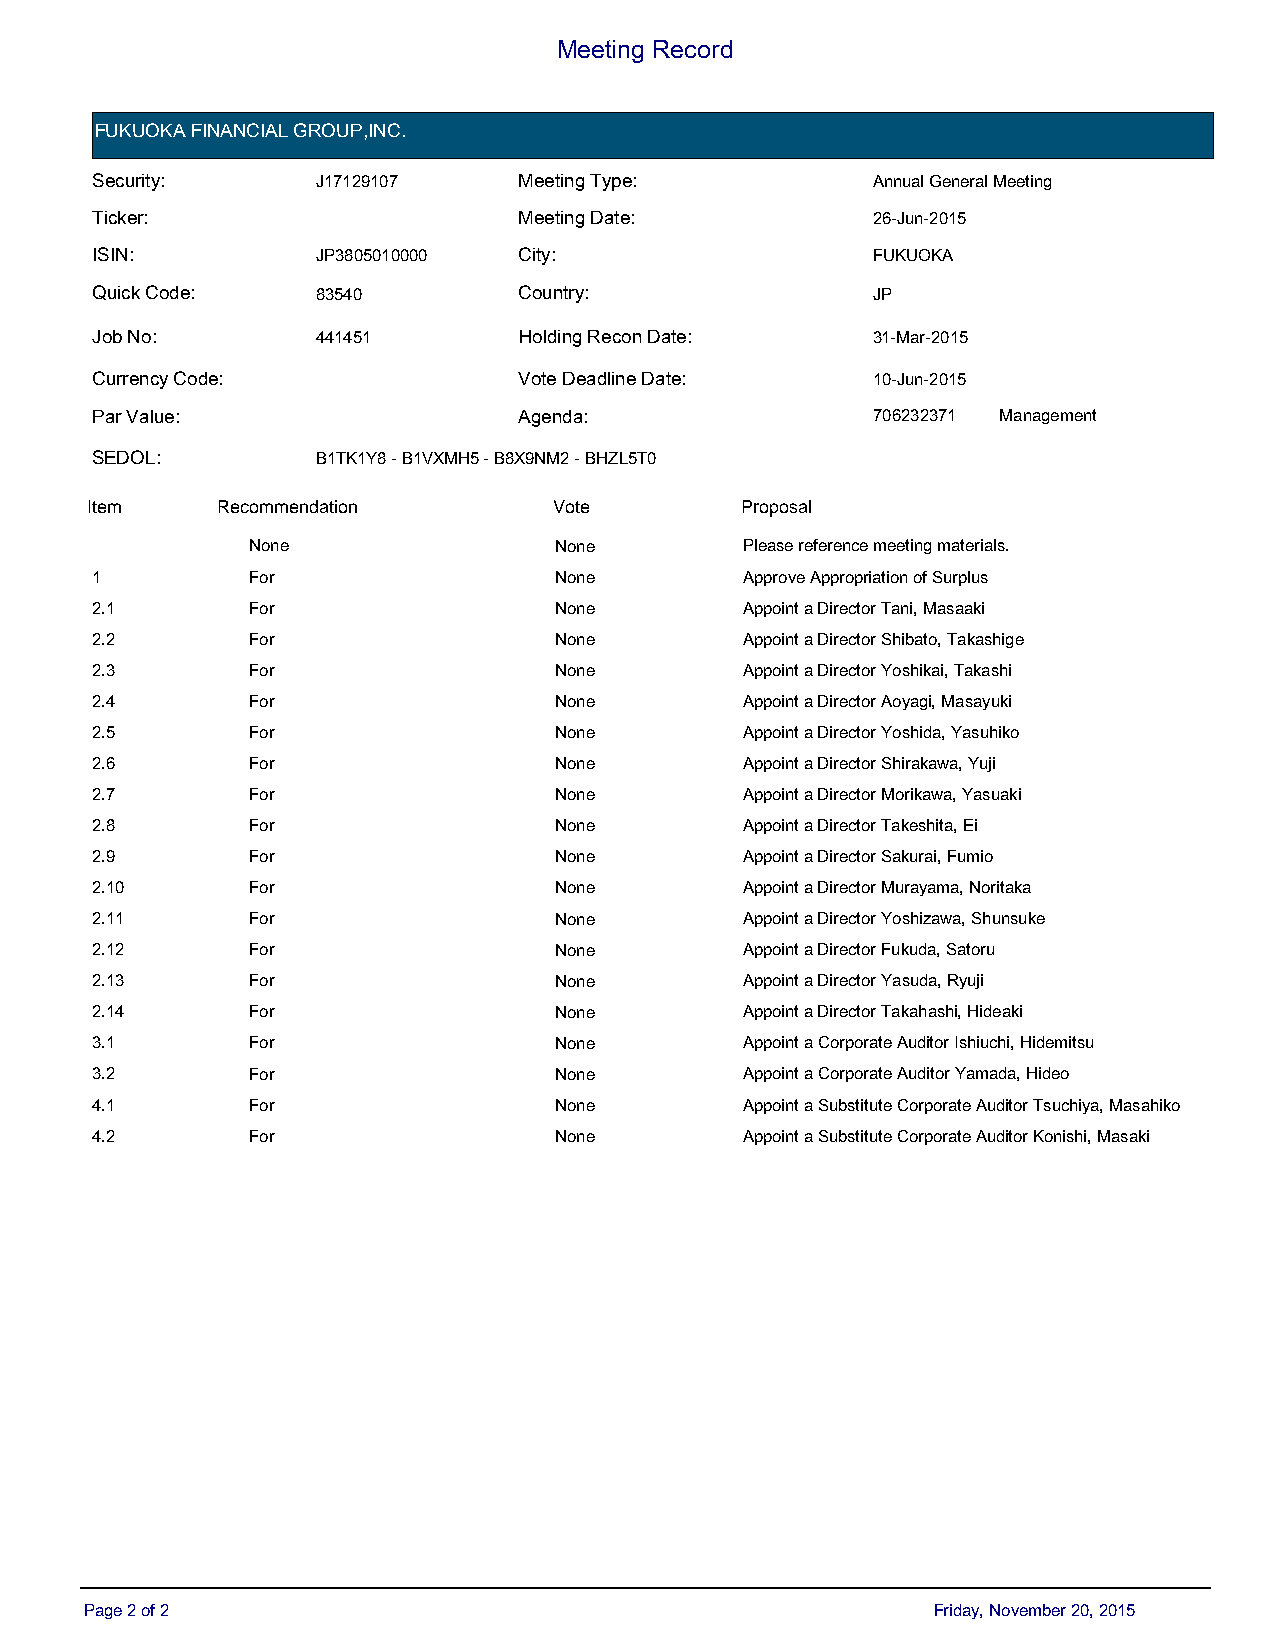
Meeting Record
 FUKUOKA FINANCIAL GROUP,INC.
 Security:      J17129107    Meeting Type:           Annual General Meeting
 Ticker:                     Meeting Date:           26-Jun-2015
 ISIN:          JP3805010000 City:                   FUKUOKA
 Quick Code:    83540        Country:                JP
 Job No:        441451       Holding Recon Date:     31-Mar-2015
 Currency Code:              Vote Deadline Date:     10-Jun-2015
 Par Value:                  Agenda:                 706232371 Management
 SEDOL:         B1TK1Y8 - B1VXMH5 - B8X9NM2 - BHZL5T0
 ItIetemm RecRomecmoemnmdaetinodna t i o n VDoetfea u l t V o t e PPrrooppoossaall
 None                 None        Please reference meeting materials.
 1         For                  None        Approve Appropriation of Surplus
 2.1       For                  None        Appoint a Director Tani, Masaaki
 2.2       For                  None        Appoint a Director Shibato, Takashige
 2.3       For                  None        Appoint a Director Yoshikai, Takashi
 2.4       For                  None        Appoint a Director Aoyagi, Masayuki
 2.5       For                  None        Appoint a Director Yoshida, Yasuhiko
 2.6       For                  None        Appoint a Director Shirakawa, Yuji
 2.7       For                  None        Appoint a Director Morikawa, Yasuaki
 2.8       For                  None        Appoint a Director Takeshita, Ei
 2.9       For                  None        Appoint a Director Sakurai, Fumio
 2.10      For                  None        Appoint a Director Murayama, Noritaka
 2.11      For                  None        Appoint a Director Yoshizawa, Shunsuke
 2.12      For                  None        Appoint a Director Fukuda, Satoru
 2.13      For                  None        Appoint a Director Yasuda, Ryuji
 2.14      For                  None        Appoint a Director Takahashi, Hideaki
 3.1       For                  None        Appoint a Corporate Auditor Ishiuchi, Hidemitsu
 3.2       For                  None        Appoint a Corporate Auditor Yamada, Hideo
 4.1       For                  None        Appoint a Substitute Corporate Auditor Tsuchiya, Masahiko
 4.2       For                  None        Appoint a Substitute Corporate Auditor Konishi, Masaki
 Page 2 of 2                                             Friday, November 20, 2015